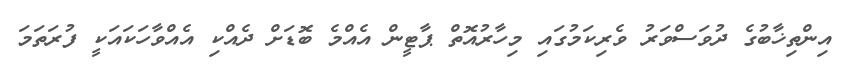
އިންތިޚާބުގެ ދުވަސްވަރު ވެރިކަމުގައި މިހާރުއޮތް ޕާޓީން އެއްމެ ބޮޑަށް ދެއްކި އެއްވާހަކައަކީ ފުރަތަމަ